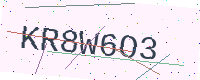
Text: KR8W6O3